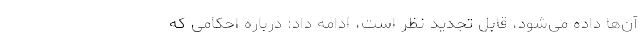
آن‌ها داده می‌شود، قابل تجدید نظر است، ادامه داد: درباره احکامی که